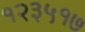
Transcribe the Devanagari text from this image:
१२३५१७